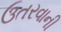
ઉતરવાની